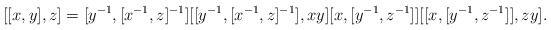
\begin{align*}[[x,y],z] = [y^{-1},[x^{-1},z]^{-1}][[y^{-1},[x^{-1},z]^{-1}],xy] [x,[y^{-1},z^{-1}]] [ [x,[y^{-1},z^{-1}]],zy].\end{align*}